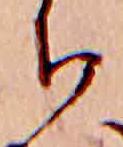
ち